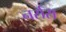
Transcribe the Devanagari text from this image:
नर्सस